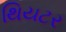
થિયટર